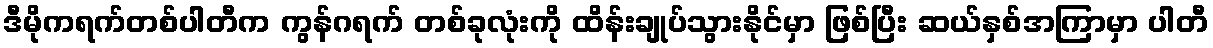
ဒီမိုကရက်တစ်ပါတီက ကွန်ဂရက် တစ်ခုလုံးကို ထိန်းချုပ်သွားနိုင်မှာ ဖြစ်ပြီး ဆယ်နှစ်အကြာမှာ ပါတီ